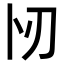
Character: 𠧓